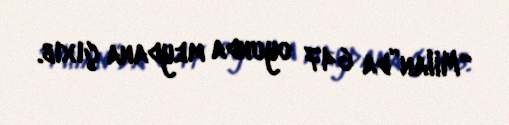
“Milan”da 647 oyunda meydana çıxıb.